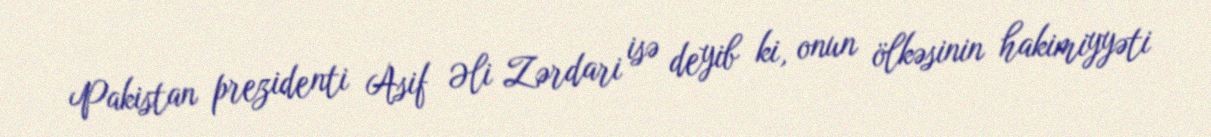
Pakistan prezidenti Asif Əli Zərdari isə deyib ki, onun ölkəsinin hakimiyyəti